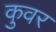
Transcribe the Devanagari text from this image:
कुवर